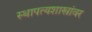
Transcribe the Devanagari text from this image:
स्थापत्यशास्त्रांवर